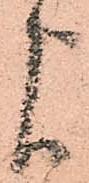
よ